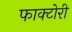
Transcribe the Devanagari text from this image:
फाक्टोरी